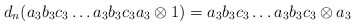
\begin{align*}d_n(a_3b_3c_3 \dots a_3b_3c_3a_3 \otimes 1) = a_3b_3c_3 \dots a_3b_3c_3 \otimes a_3\end{align*}